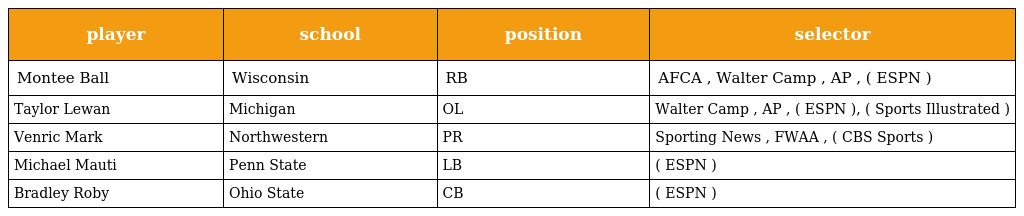
| player | school | position | selector |
 | --- | --- | --- | --- |
 | Montee Ball | Wisconsin | RB | AFCA , Walter Camp , AP , ( ESPN ) |
 | Taylor Lewan | Michigan | OL | Walter Camp , AP , ( ESPN ), ( Sports Illustrated ) |
 | Venric Mark | Northwestern | PR | Sporting News , FWAA , ( CBS Sports ) |
 | Michael Mauti | Penn State | LB | ( ESPN ) |
 | Bradley Roby | Ohio State | CB | ( ESPN ) |